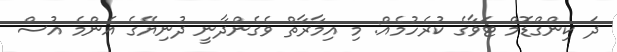
ދަ ކިންގްޑޮމް ޓަވާގެ ކުރެހުމެއް: މި އިމާރާތް ވެގެންދާނީ ދުނިޔޭގެ އެންމެ އުސް